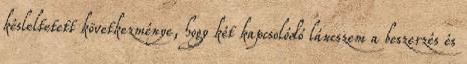
késleltetett következménye, hogy két kapcsolódó láncszem a beszerzés és